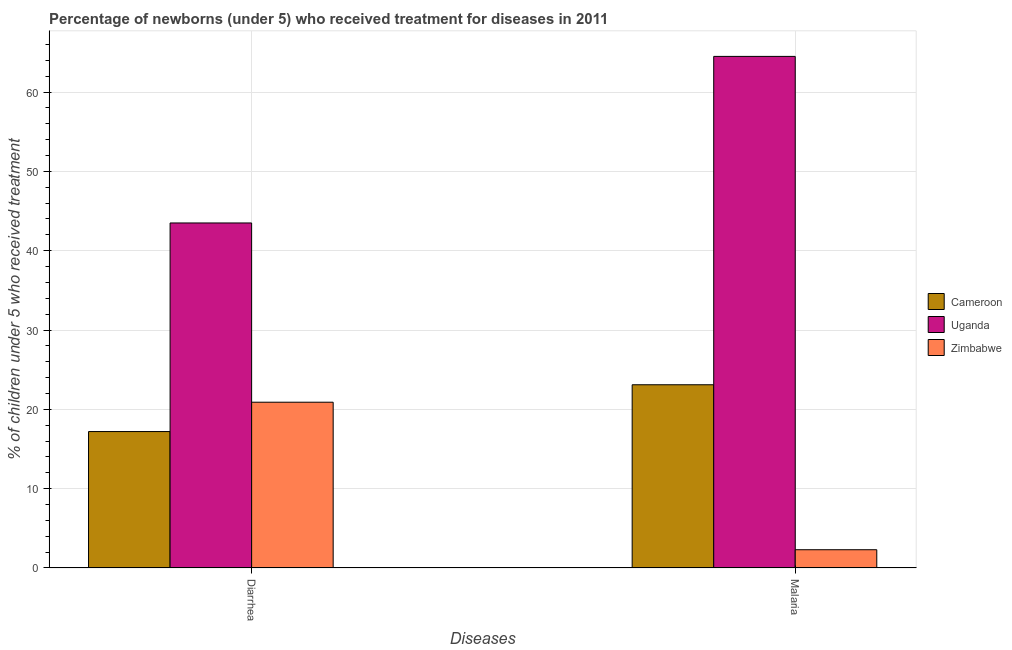
| Diseases | Cameroon | Uganda | Zimbabwe |
 | --- | --- | --- | --- |
 | Diarrhea | 17.2 | 43.5 | 20.9 |
 | Malaria | 23.1 | 64.5 | 2.3 |